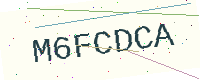
Text: M6FCDCA